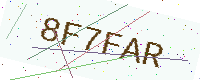
Text: 8F7FAR